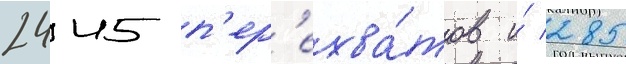
2445 п'ер'ехва́тов и́ 285